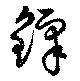
鐸